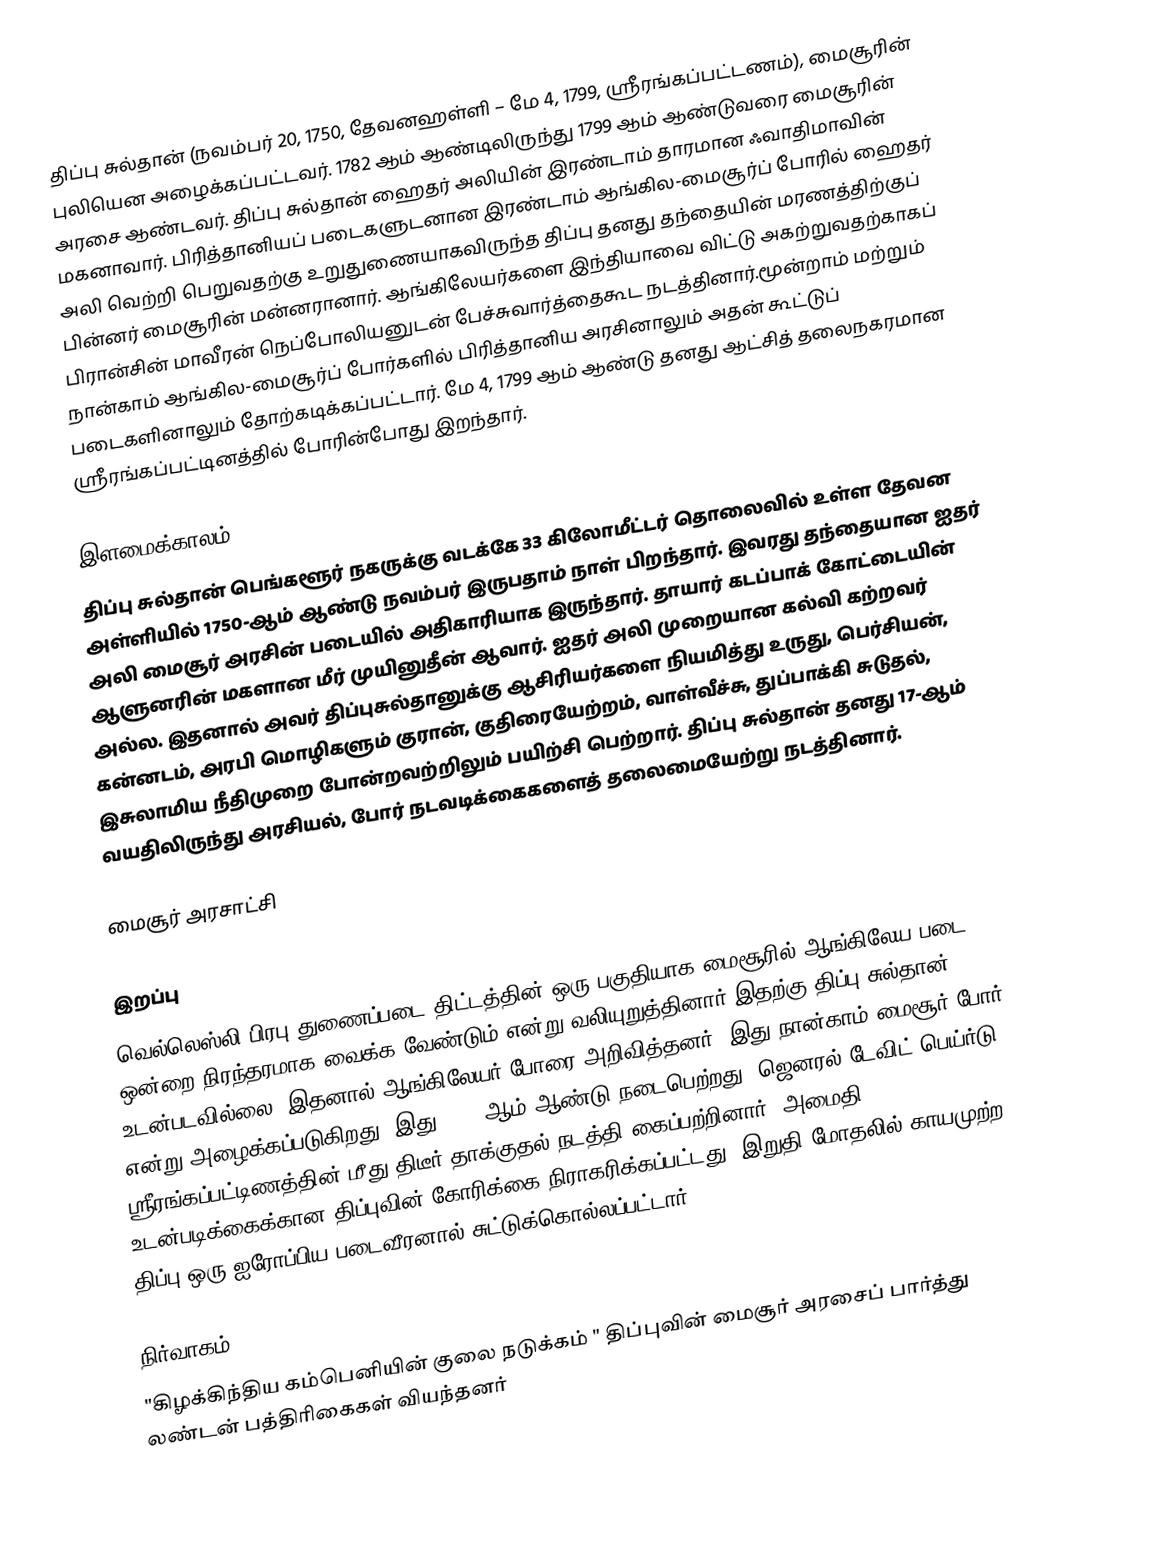
திப்பு சுல்தான் (நவம்பர் 20, 1750, தேவனஹள்ளி – மே 4, 1799, ஸ்ரீரங்கப்பட்டணம்), மைசூரின் புலியென அழைக்கப்பட்டவர். 1782 ஆம் ஆண்டிலிருந்து 1799 ஆம் ஆண்டுவரை மைசூரின் அரசை ஆண்டவர். திப்பு சுல்தான் ஹைதர் அலியின் இரண்டாம் தாரமான ஃவாதிமாவின் மகனாவார். பிரித்தானியப் படைகளுடனான இரண்டாம் ஆங்கில-மைசூர்ப் போரில் ஹைதர் அலி வெற்றி பெறுவதற்கு உறுதுணையாகவிருந்த திப்பு தனது தந்தையின் மரணத்திற்குப் பின்னர் மைசூரின் மன்னரானார். ஆங்கிலேயர்களை இந்தியாவை விட்டு அகற்றுவதற்காகப் பிரான்சின் மாவீரன் நெப்போலியனுடன் பேச்சுவார்த்தைகூட நடத்தினார்.மூன்றாம் மற்றும் நான்காம் ஆங்கில-மைசூர்ப் போர்களில் பிரித்தானிய அரசினாலும் அதன் கூட்டுப் படைகளினாலும் தோற்கடிக்கப்பட்டார். மே 4, 1799 ஆம் ஆண்டு தனது ஆட்சித் தலைநகரமான ஸ்ரீரங்கப்பட்டினத்தில் போரின்போது இறந்தார்.

இளமைக்காலம்
திப்பு சுல்தான் பெங்களூர் நகருக்கு வடக்கே 33 கிலோமீட்டர் தொலைவில் உள்ள தேவன அள்ளியில் 1750-ஆம் ஆண்டு நவம்பர் இருபதாம் நாள் பிறந்தார். இவரது தந்தையான ஐதர் அலி மைசூர் அரசின் படையில் அதிகாரியாக இருந்தார். தாயார் கடப்பாக் கோட்டையின் ஆளுனரின் மகளான மீர் முயினுதீன் ஆவார். ஐதர் அலி முறையான கல்வி கற்றவர் அல்ல. இதனால் அவர் திப்புசுல்தானுக்கு ஆசிரியர்களை நியமித்து உருது, பெர்சியன், கன்னடம், அரபி மொழிகளும் குரான், குதிரையேற்றம், வாள்வீச்சு, துப்பாக்கி சுடுதல், இசுலாமிய நீதிமுறை போன்றவற்றிலும் பயிற்சி பெற்றார். திப்பு சுல்தான் தனது 17-ஆம் வயதிலிருந்து அரசியல், போர் நடவடிக்கைகளைத் தலைமையேற்று நடத்தினார்.

மைசூர் அரசாட்சி

இறப்பு
வெல்லெஸ்லி பிரபு துணைப்படை திட்டத்தின் ஒரு பகுதியாக மைசூரில் ஆங்கிலேய படை ஒன்றை நிரந்தரமாக வைக்க வேண்டும் என்று வலியுறுத்தினார்.இதற்கு திப்பு சுல்தான் உடன்படவில்லை. இதனால் ஆங்கிலேயர் போரை அறிவித்தனர். இது நான்காம் மைசூர் போர் என்று அழைக்கப்படுகிறது. இது 1799 ஆம் ஆண்டு நடைபெற்றது. ஜெனரல் டேவிட் பெய்ர்டு ஸ்ரீரங்கப்பட்டிணத்தின் மீது திடீர் தாக்குதல் நடத்தி கைப்பற்றினார். அமைதி உடன்படிக்கைக்கான திப்புவின் கோரிக்கை நிராகரிக்கப்பட்டது. இறுதி மோதலில் காயமுற்ற திப்பு ஒரு ஐரோப்பிய படைவீரனால் சுட்டுக்கொல்லப்பட்டார்.

நிர்வாகம்
"கிழக்கிந்திய கம்பெனியின்  குலை நடுக்கம் " திப்புவின் மைசூர் அரசைப் பார்த்து லண்டன் பத்திரிகைகள் வியந்தனர்